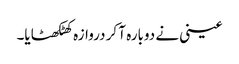
عینی نے دوبارہ آ کر دروازہ کھٹکھٹایا۔